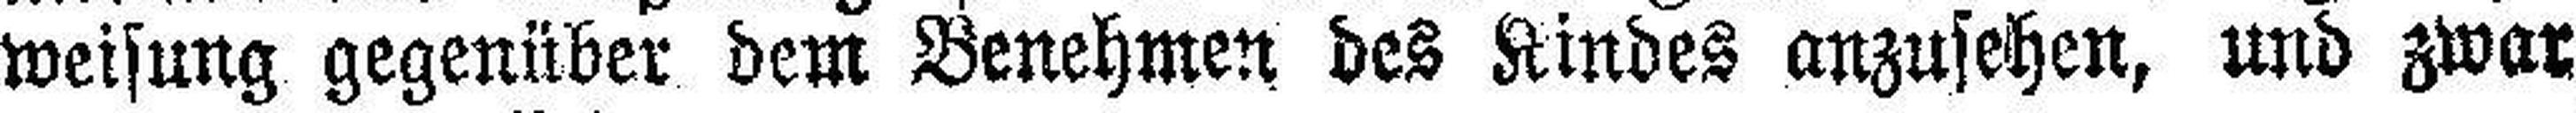
weisung gegenüber dem Benehmen des Kindes anzusehen, und zwar